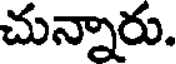
చున్నారు.